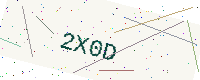
Text: 2X0D